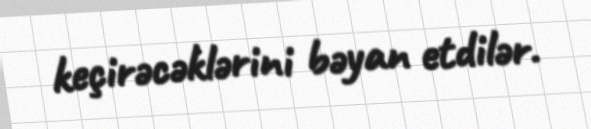
keçirəcəklərini bəyan etdilər.